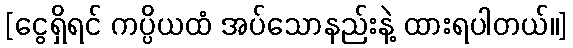
[ငွေရှိရင် ကပ္ပိယထံ အပ်သောနည်းနဲ့ ထားရပါတယ်။]